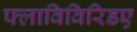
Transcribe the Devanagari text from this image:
फ्लाविविरिडए